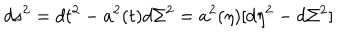
LaTeX: d s ^ { 2 } = d t ^ { 2 } - a ^ { 2 } ( t ) d \Sigma ^ { 2 } = a ^ { 2 } ( \eta ) [ d \eta ^ { 2 } - d \Sigma ^ { 2 } ]